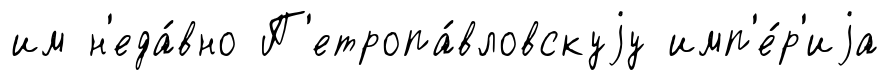
им н'еда́вно П'етропа́вловскуjу имп'е́р'иjа